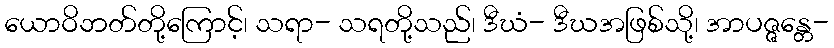
ယောဝိဘတ်တို့ကြောင့်၊ သရာ- သရတို့သည်၊ ဒီဃံ- ဒီဃအဖြစ်သို့၊ အာပဇ္ဇန္တေ-